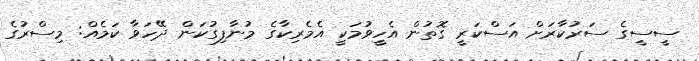
ސީސީގެ ސަރުކާރަށް އަސްކަރީ ގޮތުން އެހީވުމަކީ އެމެރިކާގެ މުނާފިގުކަން ދޭހަވާ ކަމެއް: މިސްރުގެ